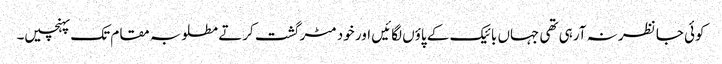
کوئی جا نظر نہ آرہی تھی جہاں بائیک کے پاؤں لگائیں اور خود مٹر گشت کرتے مطلوبہ مقام تک پہنچیں۔